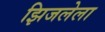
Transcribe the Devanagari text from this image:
झिजलेला